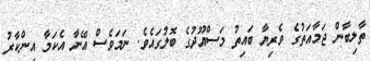
ތާލިބާން ޖަމާއަތުގެ ވެރިޔާ ބައިތު މަސްއޫދުގެ ބޮލުގައެވެ. ނަމަވެސް އޭނާ އެކަމާ އިންކާރު